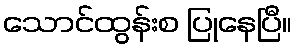
သောင်ထွန်းစ ပြုနေပြီ။